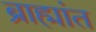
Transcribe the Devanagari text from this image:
ब्राह्मांत